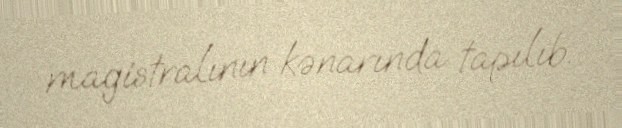
magistralının kənarında tapılıb.